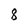
Character: 8